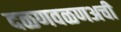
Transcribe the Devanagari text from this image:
दळणवळणअची